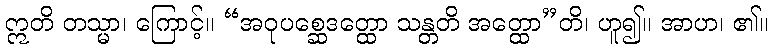
ဣတိ တသ္မာ၊ ကြောင့်။ “အဝုပစ္ဆေဒတ္ထော သန္တတိ အတ္ထော”တိ၊ ဟူ၍။ အာဟ၊ ၏။